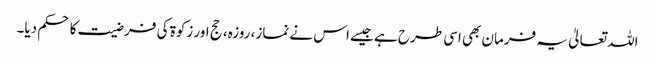
اللہ تعالیٰ یہ فرمان بھی اسی طرح ہے جیسے اس نے نماز، روزہ، حج اور زکوۃ کی فرضیت کا حکم دیا۔